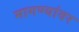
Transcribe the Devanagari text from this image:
मागण्यांवर